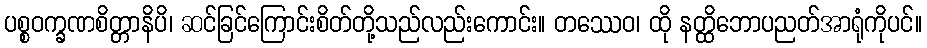
ပစ္စဝက္ခဏစိတ္တာနိပိ၊ ဆင်ခြင်ကြောင်းစိတ်တို့သည်လည်းကောင်း။ တဿေဝ၊ ထို နတ္ထိဘောပညတ်အာရုံကိုပင်။